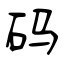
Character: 码